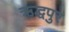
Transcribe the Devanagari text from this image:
ऋद्धपुर